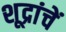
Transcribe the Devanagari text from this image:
शूद्रांचें